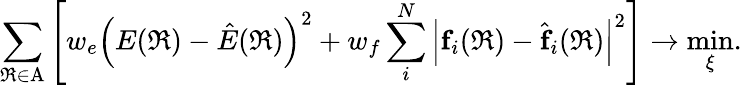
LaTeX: \sum_{\mathfrak{R}\in\mathrm{A}}\left[w_{e}\left(E(\mathfrak{R})-\hat{E}(\mathfrak{R})\right)^{2}+w_{f}\sum_{i}^{N}\left|\textbf{f}_{i}(\mathfrak{R})-\hat{\textbf{f}}_{i}(\mathfrak{R})\right|^{2}\right]\rightarrow\operatorname*{min}_{\xi}.